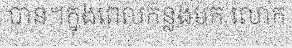
បាន។ក្នុងពេលកន្លងមក លោក